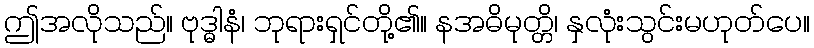
ဤအလိုသည်။ ဗုဒ္ဓါနံ၊ ဘုရားရှင်တို့၏။ နအဓိမုတ္တိ၊ နှလုံးသွင်းမဟုတ်ပေ။